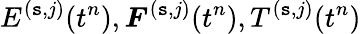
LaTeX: E^{(\mathtt{s},j)}(t^{n}),\boldsymbol{F}^{(\mathtt{s},j)}(t^{n}),T^{(\mathtt{s},j)}(t^{n})